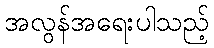
အလွန်အရေးပါသည့်